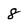
Character: 8